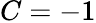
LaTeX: C=-1